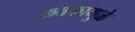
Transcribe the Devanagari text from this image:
कवकामुळे